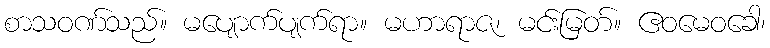
စာသဝဏ်သည်။ မပျောက်ပျက်ရာ။ မဟာရာဇ၊ မင်းမြတ်။ ဧဝမေဝခေါ၊